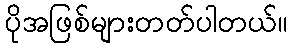
ပိုအဖြစ်များတတ်ပါတယ်။